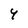
Character: 4